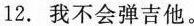
12.我不会弹吉他。